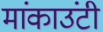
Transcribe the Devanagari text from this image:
मांकाउंटी